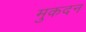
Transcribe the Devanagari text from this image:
मुकदन